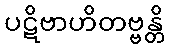
ပဋိဗာဟိတဗ္ဗန္တိ